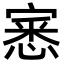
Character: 𭔎